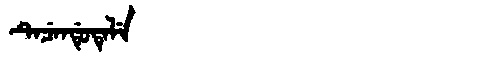
Manchu: ᡨᡝᠴᡝᠨᡩᡠᡨᡝᠯᡝ
Romanization: TECENDUTELE